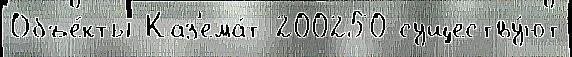
Объе́кты Каз'ема́т 200250 существу́ют